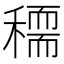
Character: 𥢠